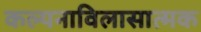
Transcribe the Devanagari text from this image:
कल्पनाविलासात्मक